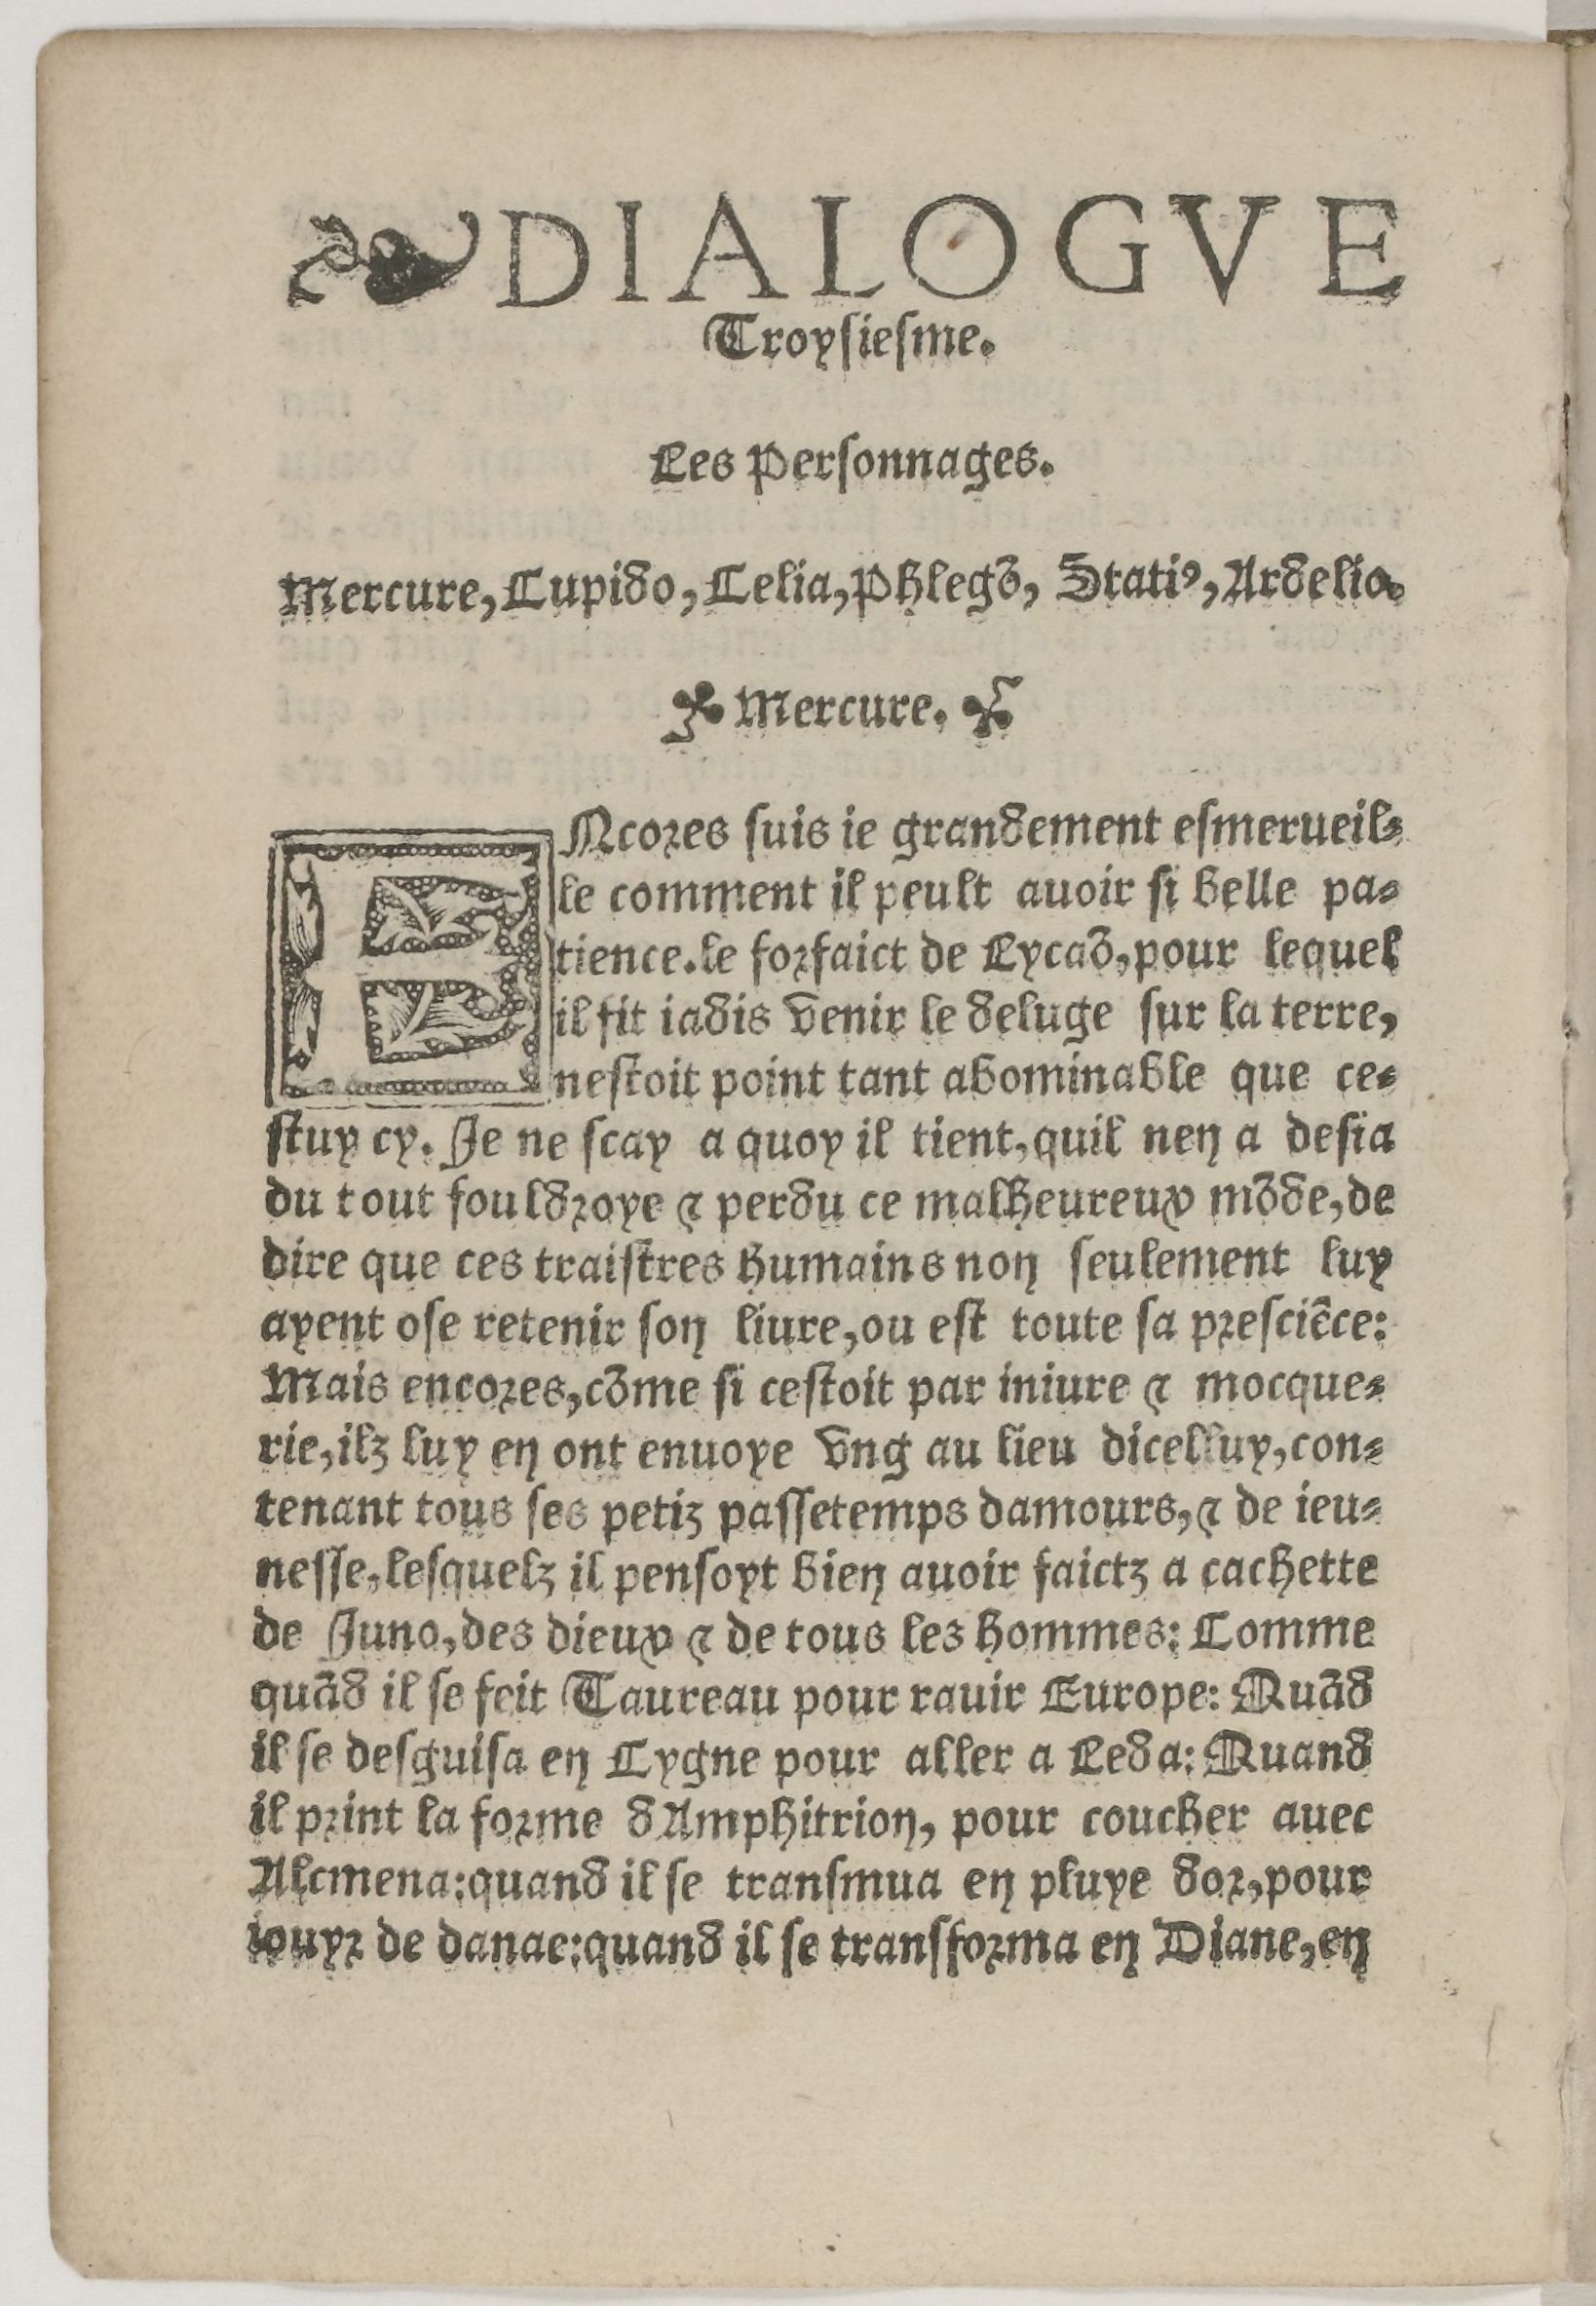
Shelfmark: Paris, BnF, Rés. Z-2442
Century: 16